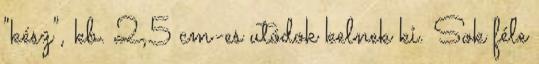
"kész", kb. 2,5 cm-es utódok kelnek ki. Sok féle